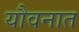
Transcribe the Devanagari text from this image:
यौवनात